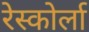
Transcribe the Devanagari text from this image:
रेस्कोर्ला